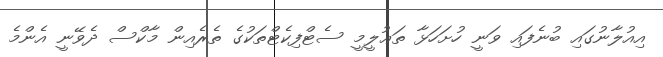
އިއުލާނުގައި ބުނެފައި ވަނީ ހުށަހަޅާ ތަޢުލީމީ ސެޓްފިކެޓްތަކުގެ ތެރެއިން މާކްސް ދެވޭނީ އެންމެ